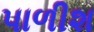
પાળીશ